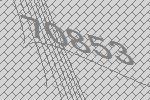
70853